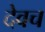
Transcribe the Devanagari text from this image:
देवच